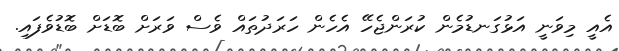
އެއީ މިވަނީ އަޅުގަނޑުމެން ކުރަންޖެހޭ އެހެން ހަރަދުތައް ވެސް ވަރަށް ބޮޑަށް ބޮޑުވެފައި.